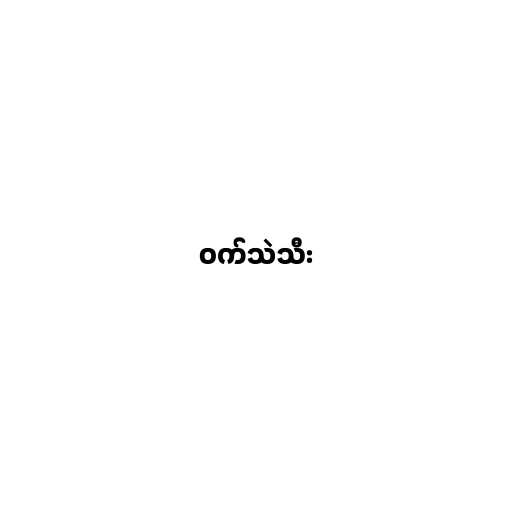
ဝက်သဲသီး